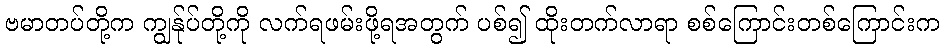
ဗမာတပ်တို့က ကျွန်ုပ်တို့ကို လက်ရဖမ်းဖို့ရအတွက် ပစ်၍ ထိုးတက်လာရာ စစ်ကြောင်းတစ်ကြောင်းက